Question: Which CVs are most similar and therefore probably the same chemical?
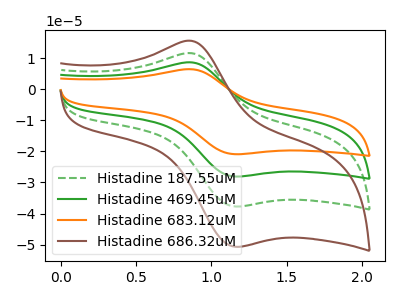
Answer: <think>The green dashed curve "Histadine 187.55uM" has an anodic peak at (0.90V, 11.50uA) and a cathodic peak at (1.20V, -37.70uA). The green curve "Histadine 469.45uM" has an anodic peak at (0.90V, 23.00uA) and a cathodic peak at (1.20V, -75.45uA). The orange curve "Histadine 683.12uM" has an anodic peak at (0.90V, 34.50uA) and a cathodic peak at (1.20V, -113.15uA). The brown curve "Histadine 686.32uM" has an anodic peak at (0.90V, 15.45uA) and a cathodic peak at (1.20V, -50.65uA).
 All the peaks in "Histadine 187.55uM" have a peak in "Histadine 469.45uM" at the same potential. Every peak in "Histadine 187.55uM" is lower than every peak in "Histadine 469.45uM". All the peaks in "Histadine 187.55uM" have a peak in "Histadine 683.12uM" at the same potential. Every peak in "Histadine 187.55uM" is lower than every peak in "Histadine 683.12uM". All the peaks in "Histadine 187.55uM" have a peak in "Histadine 686.32uM" at the same potential. Every peak in "Histadine 187.55uM" is lower than every peak in "Histadine 686.32uM". All the peaks in "Histadine 469.45uM" have a peak in "Histadine 683.12uM" at the same potential. Every peak in "Histadine 469.45uM" is lower than every peak in "Histadine 683.12uM". All the peaks in "Histadine 469.45uM" have a peak in "Histadine 686.32uM" at the same potential. Every peak in "Histadine 469.45uM" is higher than every peak in "Histadine 686.32uM". All the peaks in "Histadine 683.12uM" have a peak in "Histadine 686.32uM" at the same potential. Every peak in "Histadine 683.12uM" is higher than every peak in "Histadine 686.32uM".</think>
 <answer>"Histadine 686.32uM", "Histadine 187.55uM", "Histadine 469.45uM" and "Histadine 683.12uM" have the same shape and are likely CV's of the same chemical.</answer>
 <eval>"Histadine 686.32uM" "Histadine 187.55uM" "Histadine 469.45uM" "Histadine 683.12uM"</eval>